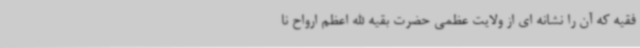
فقیه که آن را نشانه ای از ولایت عظمی حضرت بقیه الله اعظم ارواح نا